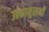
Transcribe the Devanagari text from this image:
उल्कामुखभी